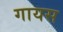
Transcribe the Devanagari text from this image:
गायस